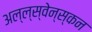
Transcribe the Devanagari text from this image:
अल्ल्स्वेन्स्कन